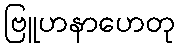
ဗြူဟနာဟေတု